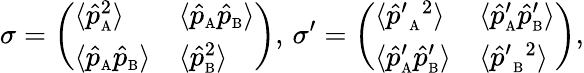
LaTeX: \sigma=\left(\begin{array}{ll}{\langle\hat{p}_{\mathrm{\scriptscriptstyle A}}^{2}\rangle}&{\langle\hat{p}_{\mathrm{\scriptscriptstyle A}}\hat{p}_{\mathrm{\scriptscriptstyle B}}\rangle}\\ {\langle\hat{p}_{\mathrm{\scriptscriptstyle A}}\hat{p}_{\mathrm{\scriptscriptstyle B}}\rangle}&{\langle\hat{p}_{\mathrm{\scriptscriptstyle B}}^{2}\rangle}\end{array}\right),\, \sigma^{\prime}=\left(\begin{array}{ll}{\langle{{\hat{p}}^{\prime}}_{\mathrm{\scriptscriptstyle A}}{}^{2}\rangle}&{\langle{\hat{p}}_{\mathrm{\scriptscriptstyle A}}^{\prime}{\hat{p}}_{\mathrm{\scriptscriptstyle B}}^{\prime}\rangle}\\ {\langle\hat{p}_{\mathrm{\scriptscriptstyle A}}^{\prime}\hat{p}_{\mathrm{\scriptscriptstyle B}}^{\prime}\rangle}&{\langle{\hat{p}^{\prime}}_{\mathrm{\scriptscriptstyle B}}{}^{2}\rangle}\end{array}\right),